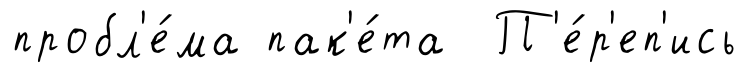
пробл'е́ма пак'е́та П'е́р'еп'ись